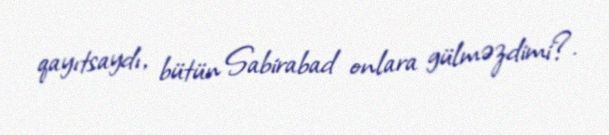
qayıtsaydı, bütün Sabirabad onlara gülməzdimi?.